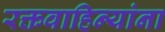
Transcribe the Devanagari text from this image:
रक्तवाहिन्यांना